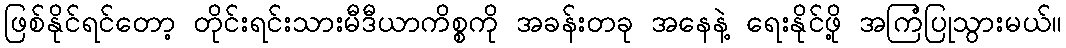
ဖြစ်နိုင်ရင်တော့ တိုင်းရင်းသားမီဒီယာကိစ္စကို အခန်းတခု အနေနဲ့ ရေးနိုင်ဖို့ အကြံပြုသွားမယ်။